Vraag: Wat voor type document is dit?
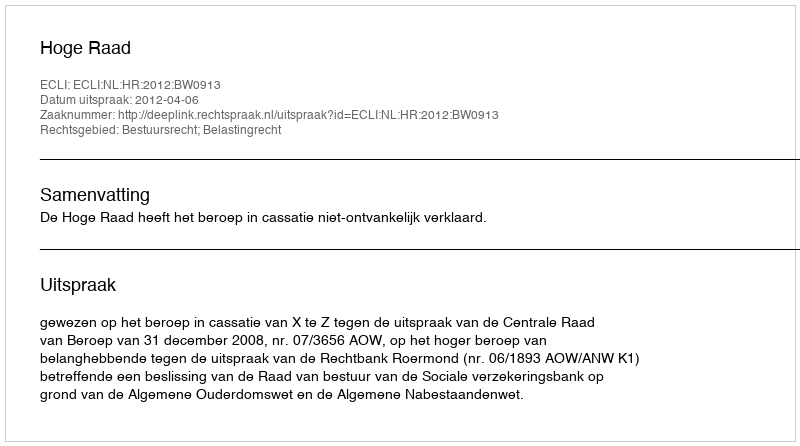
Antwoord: Uitspraak